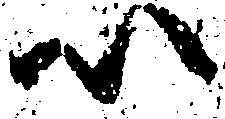
以